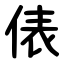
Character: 俵